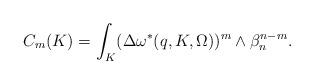
LaTeX: \begin{align*} C_m(K)= \int_{K}(\Delta \omega^*(q,K,\Omega))^m\wedge\beta_n^{n-m}.\end{align*}